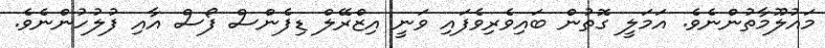
މައުލޫމާތުންނެވެ. އަމަލީ ގޮތުން ބައިވެރިވެފައި ވަނީ އިޒްރޭލް ޑިފެންސް ފޯސް އާއި ފުލުހުންނެވެ.